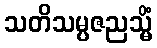
သတိသမ္ပဇညသ္မိံ